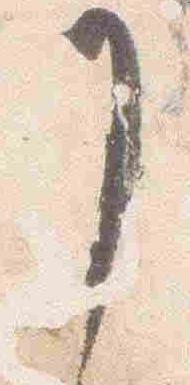
了